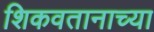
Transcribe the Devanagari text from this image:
शिकवतानाच्या